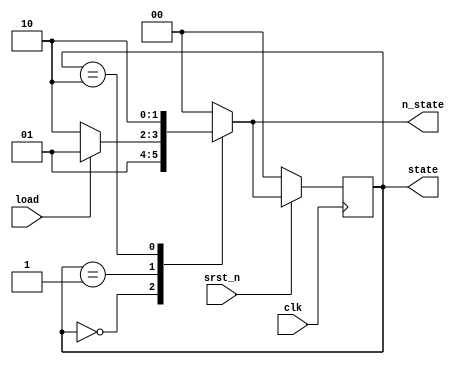
module FSM(clk, srst_n, load, state, n_state);
input clk;
input srst_n;
input load;
output reg [1:0] state;
output reg [1:0] n_state;

parameter IDLE = 2'b00, LOAD = 2'b01, READY = 2'b10;
always@*
  case(state)
    IDLE: n_state = LOAD;
    LOAD: 
      if(load)
        n_state = LOAD;
      else
        n_state = READY;
    READY: n_state = READY;
    default: n_state = IDLE;
  endcase

always@(posedge clk)
  if(~srst_n)
    state <= IDLE;
  else
    state <= n_state;

endmodule